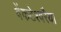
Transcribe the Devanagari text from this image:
वेंकटेश्वरैया